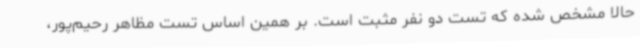
حالا مشخص شده که تست دو نفر مثبت است. بر همین اساس تست مظاهر رحیم‌پور،